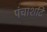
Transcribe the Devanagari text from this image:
पंचाशटि